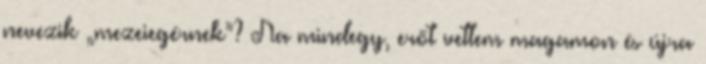
nevezik „mezeiegérnek”? Na mindegy, erőt vettem magamon és újra